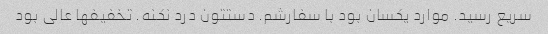
سریع رسید. موارد یکسان بود با سفارشم. دستتون درد نکنه. تخفیفها عالی بود